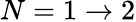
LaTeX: N=1\rightarrow 2